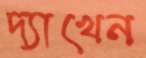
দ্যাখেন